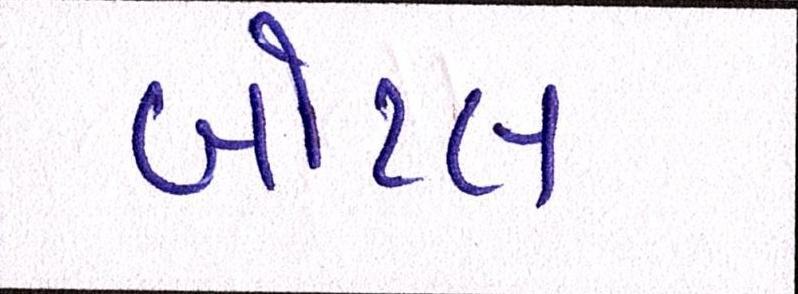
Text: બોટલ